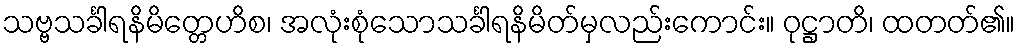
သဗ္ဗသင်္ခါရနိမိတ္တေဟိစ၊ အလုံးစုံသောသင်္ခါရနိမိတ်မှလည်းကောင်း။ ဝုဋ္ဌာတိ၊ ထတတ်၏။